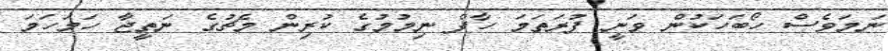
ނަމަވެސް ހޯބަހަކުން ވަނީ ފުރަތަމަ ހާފް ނިމުމުގެ ކުރިން މެޗުގެ ނަތީޖާ ހަމަހަމަ